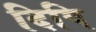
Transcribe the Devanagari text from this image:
दिपि